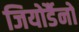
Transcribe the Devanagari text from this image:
जियोर्डैनो